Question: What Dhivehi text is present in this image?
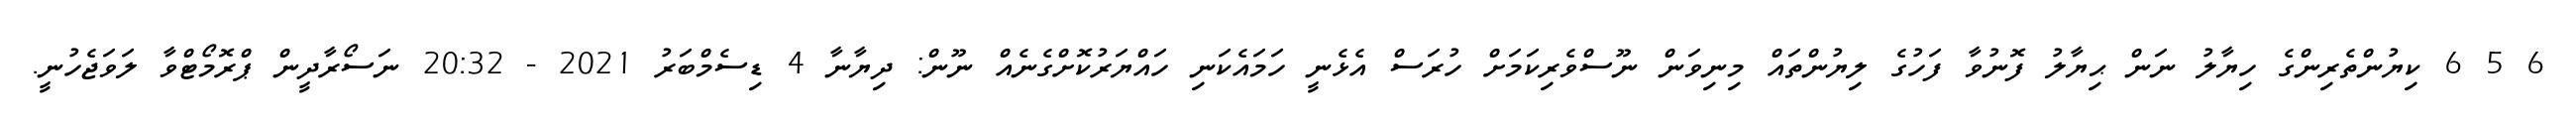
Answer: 6 5 6 ކިޔުންތެރިންގެ ހިޔާލު ނަން ޙިޔާލު ފޮނުވާ ފަހުގެ ލިޔުންތައް މިނިވަން ނޫސްވެރިކަމަށް ހުރަސް އެޅެނީ ހަމައެކަނި ހައްޔަރުކޮށްގެނެއް ނޫން: ދިޔާނާ 4 ޑިސެމްބަރު 2021 - 20:32 ނަސޯރާދީން ޕްރޮމޯޓްވާ ލަވަޖެހުނީ.